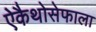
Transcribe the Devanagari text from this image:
ऐकैथोसेफाला